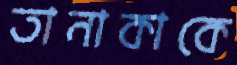
তানাকাকে